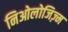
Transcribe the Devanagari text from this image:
निओलोजिज़्म